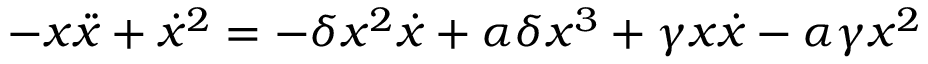
- x \ddot { x } + \dot { x } ^ { 2 } = - \delta x ^ { 2 } \dot { x } + \alpha \delta x ^ { 3 } + \gamma x \dot { x } - \alpha \gamma x ^ { 2 }